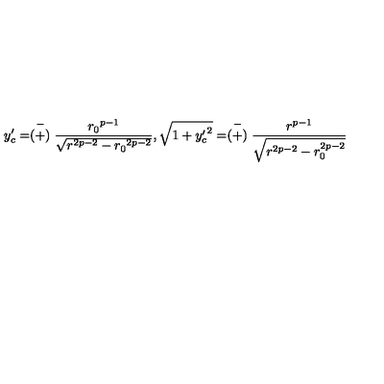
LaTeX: y _ { c } ^ { \prime } = \stackrel { - } { ( + ) } \frac { { r _ { 0 } } ^ { p - 1 } } { \sqrt { r ^ { 2 p - 2 } - { r _ { 0 } } ^ { 2 p - 2 } } } , \sqrt { 1 + { y _ { c } ^ { \prime } } ^ { 2 } } = \stackrel { - } { ( + ) } \frac { r ^ { p - 1 } } { \sqrt { r ^ { 2 p - 2 } - r _ { 0 } ^ { 2 p - 2 } } }